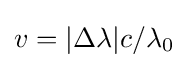
v=|\Delta \lambda |c/\lambda _{0}\,\!